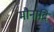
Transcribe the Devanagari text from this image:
मौनादि